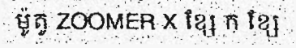
ម៉ូតូ ZOOMER X ខ្សែ ក ខ្សែ